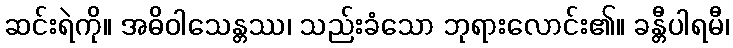
ဆင်းရဲကို။ အဓိဝါသေန္တဿ၊ သည်းခံသော ဘုရားလောင်း၏။ ခန္တီပါရမီ၊